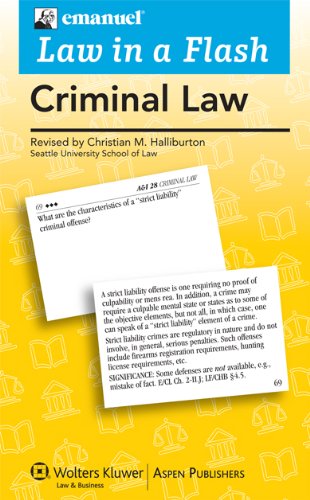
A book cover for Law in a Flash Criminal Law; Steven Emanuel; Law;